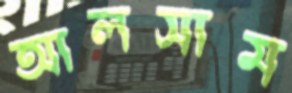
আলসাম